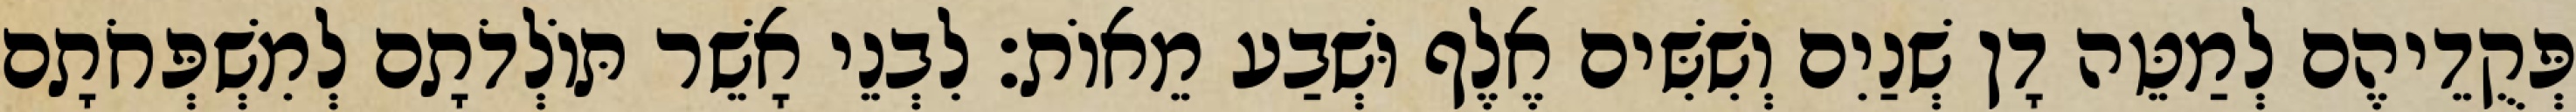
פְּקֻדֵיהֶם לְמַטֵּה דָן שְׁנַיִם וְשִׁשִּׁים אֶלֶף וּשְׁבַע מֵאוֹת׃ לִבְנֵי אָשֵׁר תּוֹלְדֹתָם לְמִשְׁפְּחֹתָם